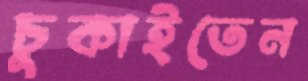
চুকাইতেন